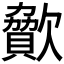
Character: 𣤥